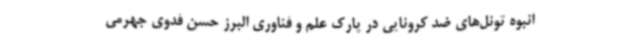
انبوه تونل‌های ضد کرونایی در پارک علم و فناوری البرز حسن فدوی جهرمی